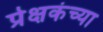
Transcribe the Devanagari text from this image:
प्रेक्षकंच्या